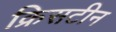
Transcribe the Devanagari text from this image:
क्रिसटीन